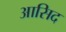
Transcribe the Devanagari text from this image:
आसिद